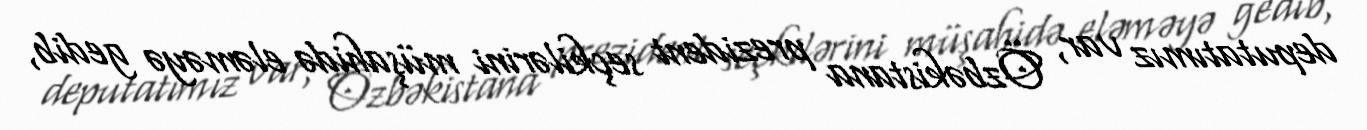
deputatımız var, Özbəkistana prezident seçkilərini müşahidə eləməyə gedib,